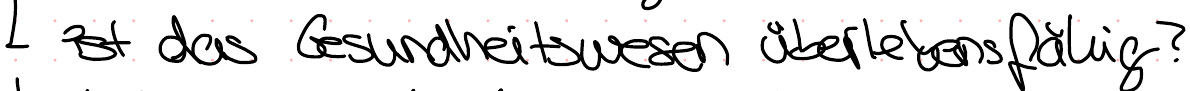
ist das Gesundheitswesen überlebensfähig?